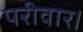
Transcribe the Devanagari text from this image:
परीवार।